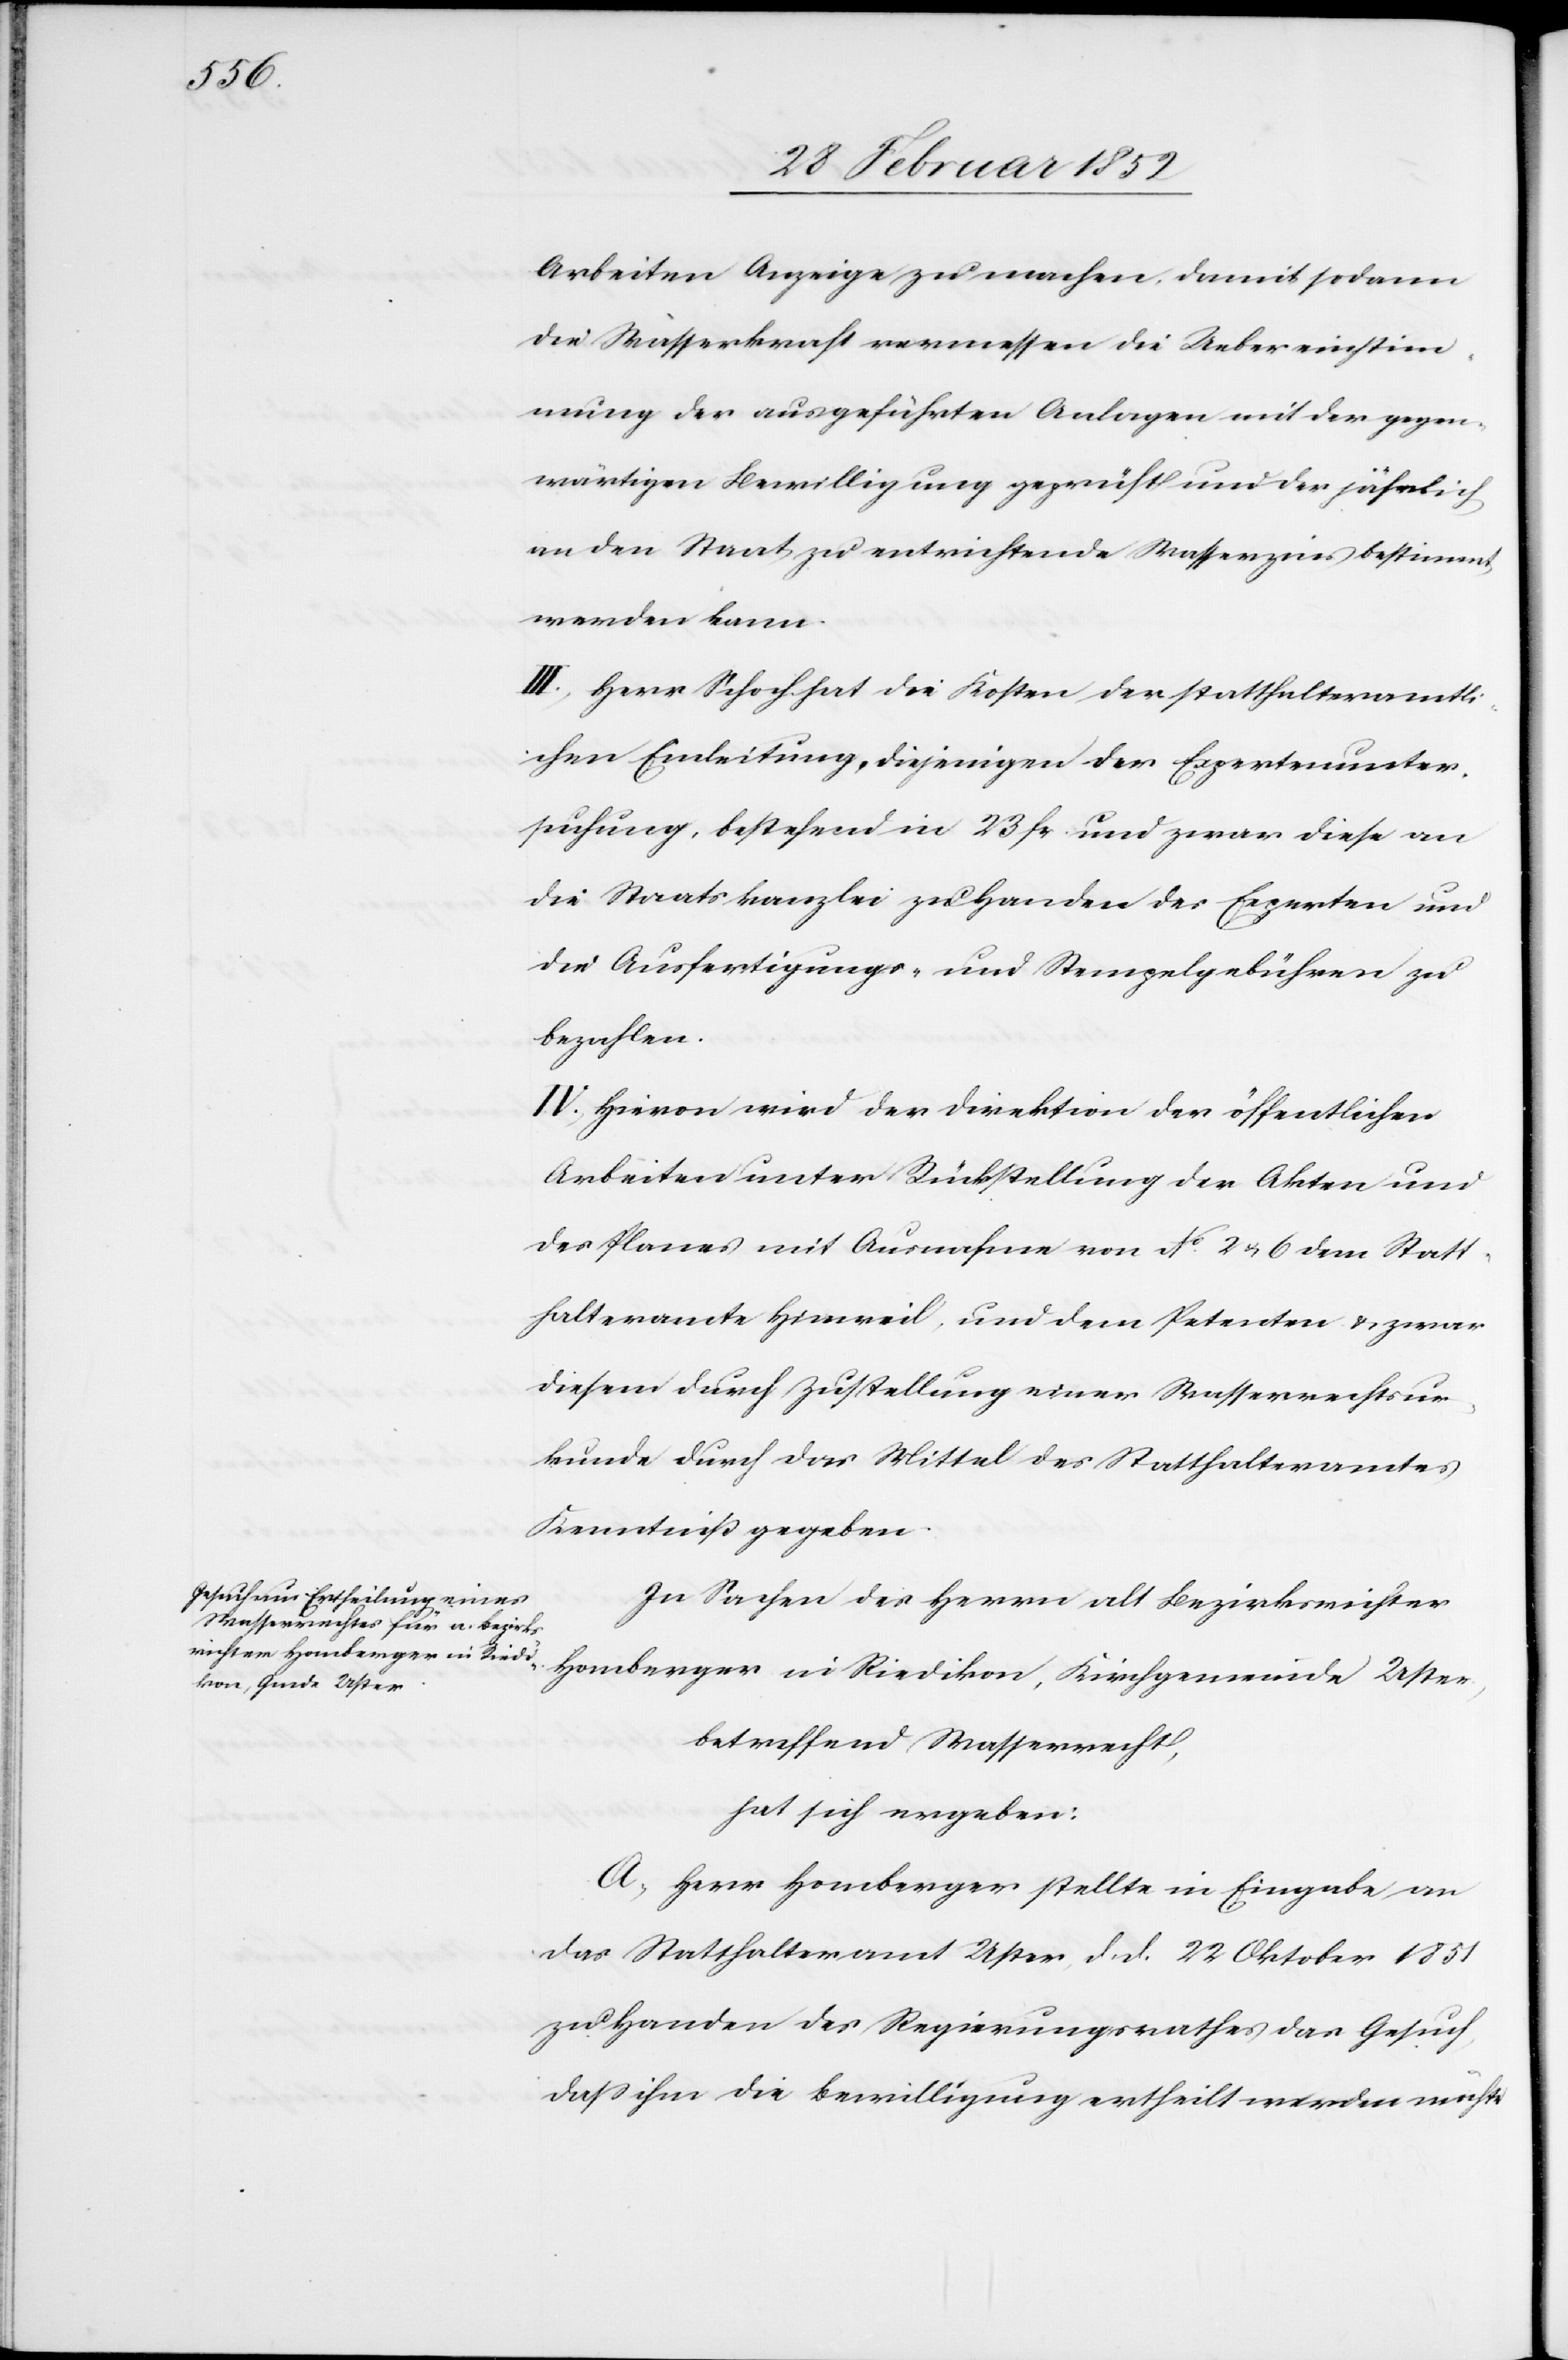
Arbeiten Anzeige zu machen, damit sodann
die Wasserkraft vermessen die Uebereinstim¬
mung der ausgeführten Anlagen mit der gegen¬
wärtigen Bewilligung geprüft und der jährlich
an den Staat zu entrichtende Wasserzins bestimmt
werden kann.
III.) Herr Schoch hat die Kosten der statthalteramtli¬
chen Einleitung, diejenigen der Expertenunter¬
suchung, bestehend in 23 fr und zwar diese an
die Staatskanzlei zu Handen des Experten und
die Ausfertigungs- und Stempelgebühren zu
bezahlen.
IV.) Hievon wird der Direktion der öffentlichen
Arbeiten unter Rückstellung der Akten und
des Planes mit Ausnahme von No. 2 u. 6 dem Statt¬
halteramte Hinweil, und dem Petenten u. zwar
diesem durch Zustellung einer Wasserrechtsur¬
kunde durch das Mittel des Statthalteramtes
Kenntniß gegeben.
In Sachen des Herrn alt Bezirksrichter
betreffend Wasserrecht,
hat sich ergeben:
A.) Herr Homberger stellte in Eingabe an
das Statthalteramt Uster, d. d. 22 Oktober 1851
zu Handen des Regierungsrathes das Gesuch,
daß ihm die Bewilligung ertheilt werden möchte,